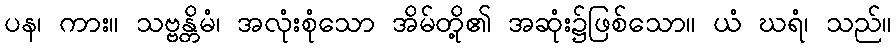
ပန၊ ကား။ သဗ္ဗန္တိမံ၊ အလုံးစုံသော အိမ်တို့၏ အဆုံး၌ဖြစ်သော။ ယံ ဃရံ၊ သည်။